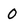
Character: O